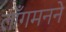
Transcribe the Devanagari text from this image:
लाँगमनने